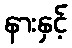
နားနှင့်